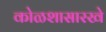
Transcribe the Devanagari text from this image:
कोळशासारखे